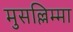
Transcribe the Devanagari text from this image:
मुसल्लिम्मा